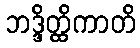
ဘဒ္ဒိတ္ထိကာတိ